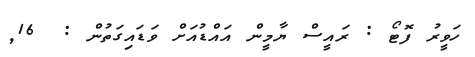
ހަވީރު ފޮޓޯ : ރައީސް ޔާމީން އައްޑުއަށް ވަޑައިގަތުން :  16